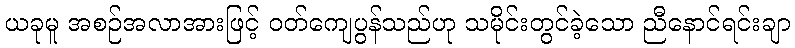
ယခုမူ အစဉ်အလာအားဖြင့် ဝတ်ကျေပွန်သည်ဟု သမိုင်းတွင်ခဲ့သော ညီနောင်ရင်းချာ